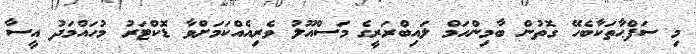
މި ސަފްޙާތަކާބެހޭ ގޮތުން ބާމިންހަމް ލައިބްރަރީގެ މަސްއޫލު ވެރިއެއްކަމަށްވާ ޑޮކްޓަރު މުހައްމަދު އީސާ